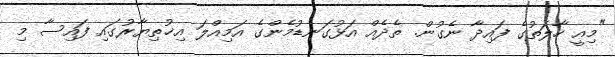
"މިއީ ހާލަތުގެ ފައިދާ ނެގުން. ތެދެއް އަޅުގަނޑުމެންގެ އަމިއްލަ އިޚުތިޔާރުގައި ފައިސާ މި